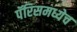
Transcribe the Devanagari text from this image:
पॅरिसमध्येच